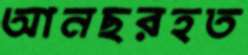
আনছরহত